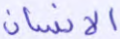
الإنسان